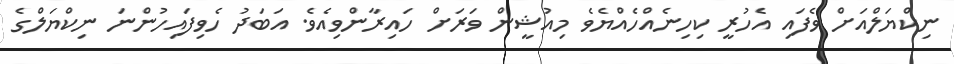
ނިކްޔަލްއަށް ވެފައި އެހުރީ ކިހިނެއްހެއްޔެވެ މިއުޝީން ވަރަށް ހައިރާންވިއެވެ. އަބަދު ހެވިފައިހުންނަ ނިކްޔަލްގެ